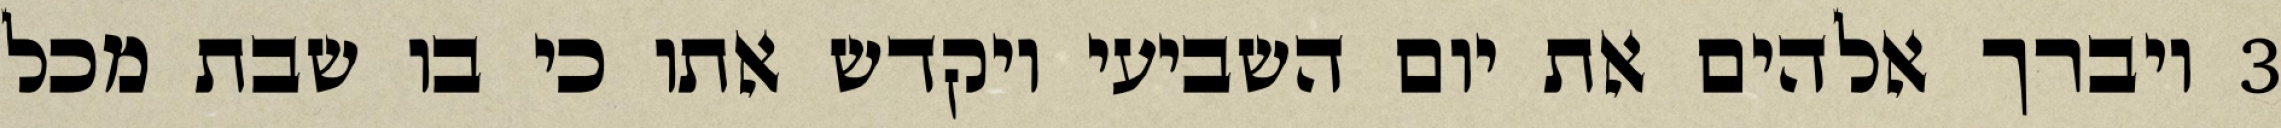
‎3‏ ויברך אלהים את יום השביעי ויקדש אתו כי בו שבת מכל